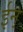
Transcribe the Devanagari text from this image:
ईन्